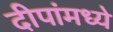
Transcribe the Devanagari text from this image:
दीपांमध्ये